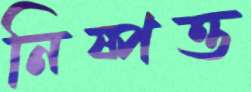
নিষ্পত্ত